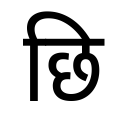
OCR:
छि